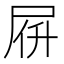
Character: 𡱚